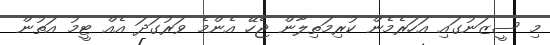
މި ސީޒަނުގައި އަހަރެމެން ކުރިމަތިލާން ޖެހޭ އެންމެ ވަރުގަދަ އެއް ޓީމު އަތުން